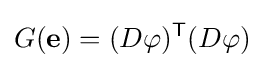
G(\mathbf {e} )=(D\varphi )^{\mathsf {T}}(D\varphi )